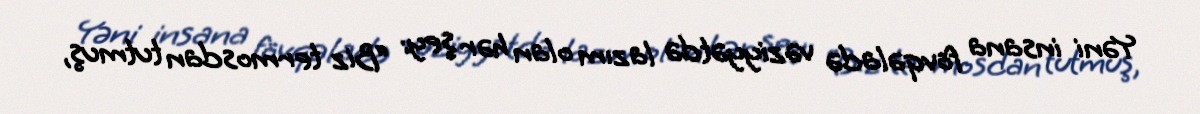
Yəni insana fövqəladə vəziyyətdə lazım olan hər şey: “Biz termosdan tutmuş,